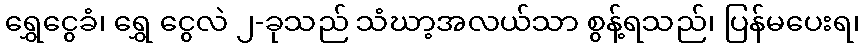
ရွှေငွေခံ၊ ရွှေ ငွေလဲ ၂-ခုသည် သံဃာ့အလယ်သာ စွန့်ရသည်၊ ပြန်မပေးရ၊